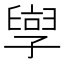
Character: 𫲯